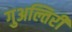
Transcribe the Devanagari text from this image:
गुअल्तिरी